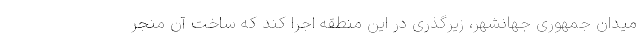
میدان جمهوری جهانشهر، زیرگذری در این منطقه اجرا کند که ساخت آن منجر